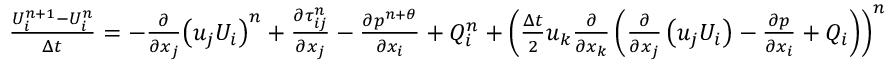
\begin{array} { r } { \frac { U _ { i } ^ { n + 1 } - U _ { i } ^ { n } } { \Delta t } = - \frac { \partial } { \partial { { x } _ { j } } } { { \left( { { u } _ { j } } { { U } _ { i } } \right) } ^ { n } } + \frac { \partial \tau _ { i j } ^ { n } } { \partial { { x } _ { j } } } - \frac { \partial { { p } ^ { n + \theta } } } { \partial { { x } _ { i } } } + Q _ { i } ^ { n } + { { \left( \frac { \Delta t } { 2 } { { u } _ { k } } \frac { \partial } { \partial { { x } _ { k } } } \left( \frac { \partial } { \partial { { x } _ { j } } } \left( { { u } _ { j } } { { U } _ { i } } \right) - \frac { \partial p } { \partial { { x } _ { i } } } + { { Q } _ { i } } \right) \right) } ^ { n } } } \end{array}